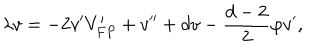
LaTeX: \lambda v = - 2 v ^ { \prime } V _ { F P } ^ { \prime } + v ^ { \prime \prime } + d v - \frac { d - 2 } { 2 } \varphi v ^ { \prime } ,